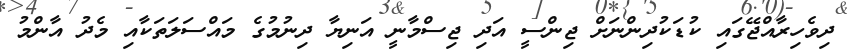
ދިވެހިރާއްޖޭގައި ކުޑަކުދިންނަށް ޖިންސީ އަދި ޖިސްމާނީ އަނިޔާ ދިނުމުގެ މައްސަލަތަކާއި މެދު އާންމު